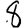
Digit: 8